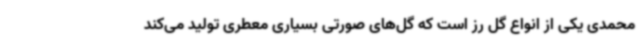
محمدی یکی از انواع گل رز است که گل‌های صورتی بسیاری معطری تولید می‌کند